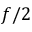
f / 2